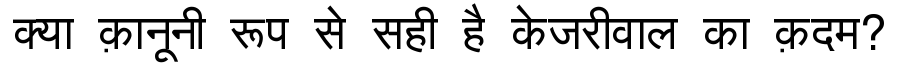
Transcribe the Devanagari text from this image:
क्या क़ानूनी रूप से सही है केजरीवाल का क़दम?